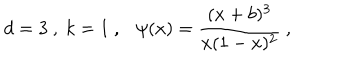
d = 3 \ , \ k = 1 \ , \ \ \ \psi ( x ) = \frac { ( x + b ) ^ { 3 } } { x ( 1 - x ) ^ { 2 } } \ ,